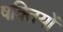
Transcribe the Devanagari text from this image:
षक्तियों